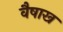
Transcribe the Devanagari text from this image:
वैषाख